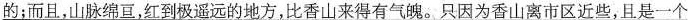
\underline{的；而且，山脉绵亘，红到极遥远的地方，比香山来得有气魄。只因为香山离市区近些，且是一个}